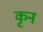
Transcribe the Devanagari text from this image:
कृन